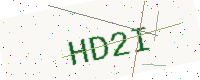
Text: HD2I